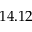
1 4 . 1 2